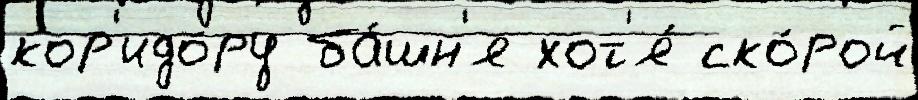
кор'идо́ру ба́шн'я хот'я́ ско́рой